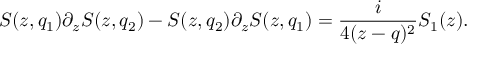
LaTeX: S ( z , q _ { 1 } ) \partial _ { z } S ( z , q _ { 2 } ) - S ( z , q _ { 2 } ) \partial _ { z } S ( z , q _ { 1 } ) = { \frac { i } { 4 ( z - q ) ^ { 2 } } } S _ { 1 } ( z ) .